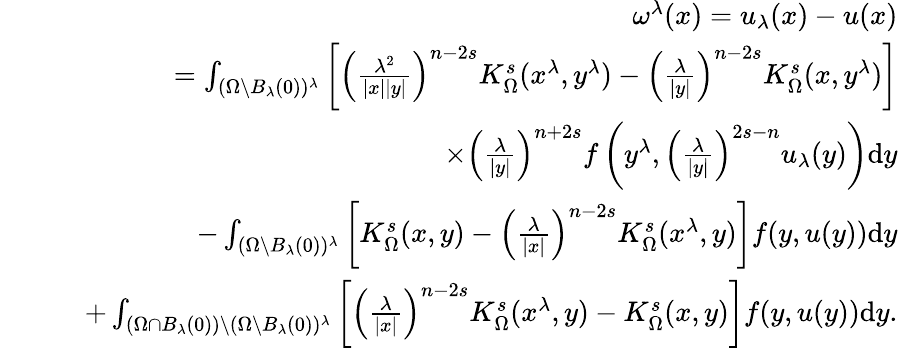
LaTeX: \begin{array}{rlr}&{}&{\quad\omega^{\lambda}(x)=u_{\lambda}(x)-u(x)}\\ &{}&{=\int_{(\Omega\setminus B_{\lambda}(0))^{\lambda}}\left[\left(\frac{\lambda^{2}}{|x||y|}\right)^{n-2s}K_{\Omega}^{s}(x^{\lambda},y^{\lambda})-\left(\frac{\lambda}{|y|}\right)^{n-2s}K_{\Omega}^{s}(x,y^{\lambda})\right]}\\ &{}&{\quad\times\left(\frac{\lambda}{|y|}\right)^{n+2s}f\left(y^{\lambda},\left(\frac{\lambda}{|y|}\right)^{2s-n}u_{\lambda}(y)\right)\mathrm dy}\\ &{}&{\quad-\int_{(\Omega\setminus B_{\lambda}(0))^{\lambda}}\left[K_{\Omega}^{s}(x,y)-\left(\frac{\lambda}{|x|}\right)^{n-2s}K_{\Omega}^{s}(x^{\lambda},y)\right]f(y,u(y))\mathrm dy}\\ &{}&{\quad+\int_{(\Omega\cap B_{\lambda}(0))\setminus(\Omega\setminus B_{\lambda}(0))^{\lambda}}\left[\left(\frac{\lambda}{|x|}\right)^{n-2s}K_{\Omega}^{s}(x^{\lambda},y)-K_{\Omega}^{s}(x,y)\right]f(y,u(y))\mathrm dy.}\end{array}